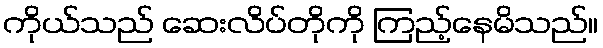
ကိုယ်သည် ဆေးလိပ်တိုကို ကြည့်နေမိသည်။